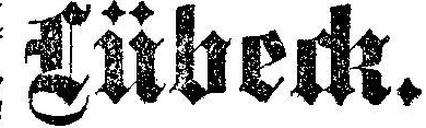
Lübeck.